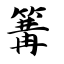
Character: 篝